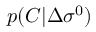
p ( C | \Delta \sigma ^ { 0 } )